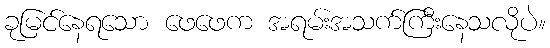
ခုမြင်နေရသော ဖေဖေက အရမ်းအသက်ကြီးနေသလိုပဲ။